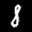
Label: 8